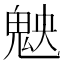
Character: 𩲴